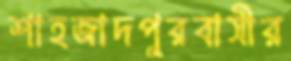
শাহজাদপুরবাসীর